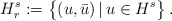
\begin{align*}H^s_r:=\big\{(u,\bar{u})\,|\,u\in H^s\big\}\,.\end{align*}